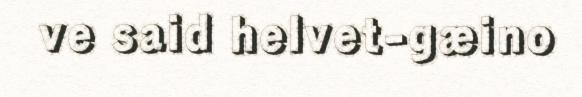
ve said helvet-gæino